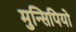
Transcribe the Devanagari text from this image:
मुन्सिपियो